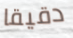
دقيقا